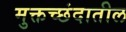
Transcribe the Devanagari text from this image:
मुक्तच्छंदातील